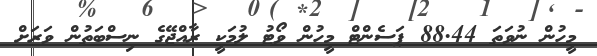
މީހުން ނުވަތަ 88.44 ޕަސެންޓް މީހުން ވޯޓު ލުމަކީ ރާއްޖޭގެ ނިސްބަތުން ވަރަށް